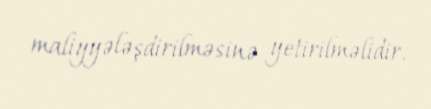
maliyyələşdirilməsinə yetirilməlidir.